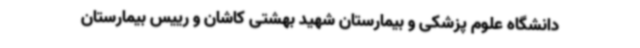
دانشگاه علوم پزشکی و بیمارستان شهید بهشتی کاشان و رییس بیمارستان